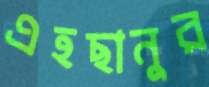
এহছানুর